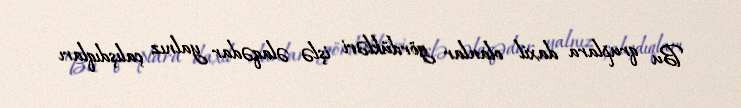
Bu qruplara daxil olanlar gördükləri işlə əlaqədar yalnız çalışdıqları